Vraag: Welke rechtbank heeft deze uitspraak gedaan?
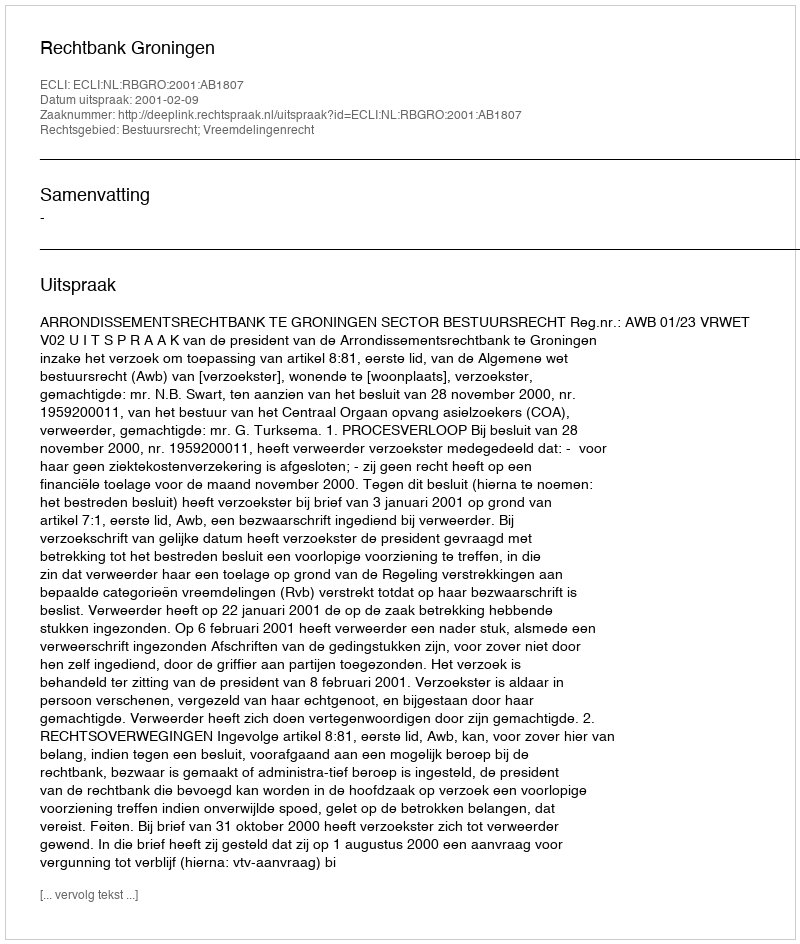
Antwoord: Rechtbank Groningen